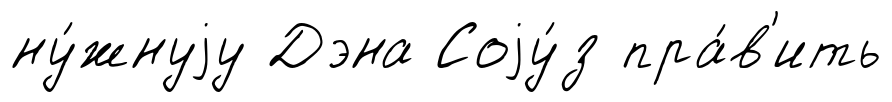
ну́жнуjу Дэна Соjу́з пра́в'ить